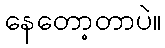
နေတော့တာပဲ။